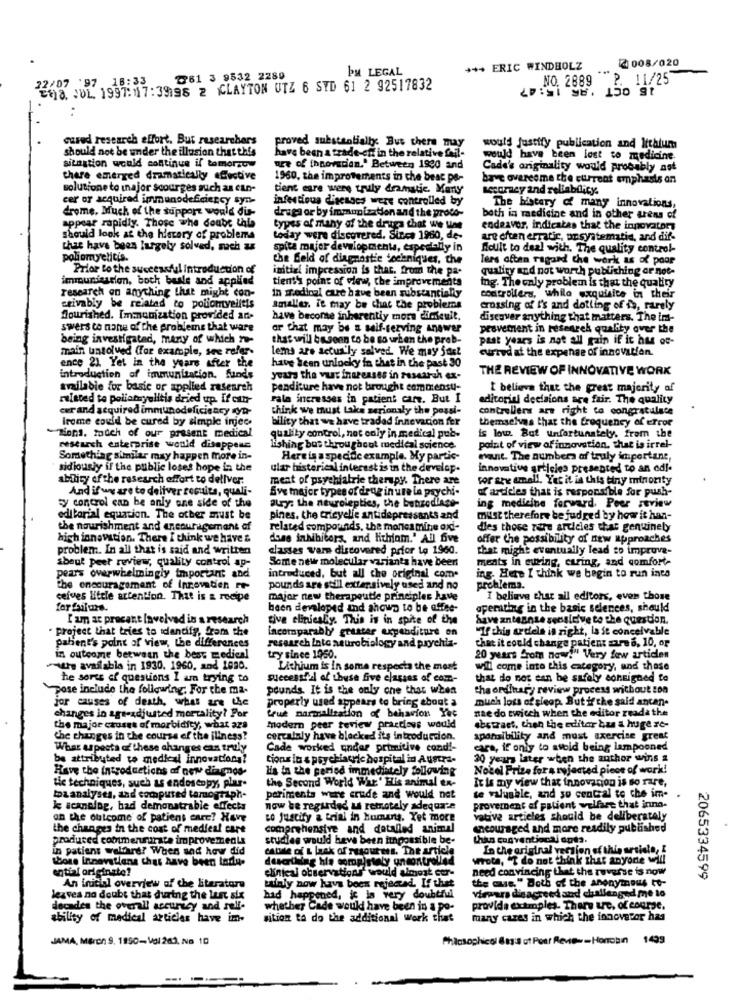
2 008/020
PM LEGAL
*** ERIC WINDHOLZ
22/07 :97 18:33
261 3 9532 2289
NO. 2889
'A6 15:47
P. 11/25
15 OCT
2018. JUL 1997:117:39198 2 CLAYTON UTZ 6 SYD 61 2 92517832
cared research effort. But researchers
proved substantially: But there may
should not be under the illusion that this
would justify publication and lithium
have been a trade-off in the relative foil-
would have been lost to medicine.
situation would continue if tomorrow
ure of [hnovacien." Between 1990 and
Cade's originality would probably ast
there emerged dramatically effective
1960, the improvements in che beac pa-
bave overcome the current emphasis on
solutione to major scourges such as can-
tient care were truly dramatic. Many
Lecorey and reliability.
cer or acquired immunodeficiency syn-
infectious checases were controlled by
drome, Much of the support would die
draga or by immunization and the proto-
The history of many innovations,
appear rapidly. Those whe doubs tale
both in medicine and in other arens of
types of many of the drugs that we une
endeavor, indicates that the innovator
should look at the history of problems
today were discovered. Since 1980, de-
are often erratir, unsystematis, and dif-
that have been largely solved, such a
spite majer developments, especially in
Hoult to deal with. The quality control-
poliomyelitis.
the Beld of diagnostie techniques, the
lers often ragard Che work as of poor
Prior to the successful introduction of
imtial impression is that. from the pa-
quality and not worth publishing or not-
immunization, boch beale and applied
tient's point of view, che improvements
research on anything that might con-
in medical care have been substantially
ing. The only problem is that the quality
controllers, while exquisice in their
seivably be rciatad to poliomyelitis
Smaller. it may be chat the problems
crossing of I's and dolling of is, rarely
nourished. Immunization provided an-
have become inherently more difficult.
discover anything that matters. The im-
swers to none of the problems that ware
or that may be a self-serving answer
provement in researek quality over the
being investigated, many of which -
that will be soon to be so when the prob-
past years is not all gain if it has of-
main unsolved (for example, see refer-
lems are actus'ly salved. We may Sas!
cursed at the expense of innovation.
have been unlocky in that in the past 30
ence 21. Yet in the years after the
THE REVIEW OF INNOVATIVE WORK
introduction of immunization. funds
years the vast increases in research ex-
milable for basic of applied research
penditure have not brought commensu-
I believe that the great majority of
related to poliatmyelitis dried up. If can-
rala ineresses in patient care. But I
editorial decisions are fair. The quality
cer and acquired immunodeficiency ryn-
think we must Laks serionsly the possi-
controllers are right to congratulate
Irome could be cured by simple injec.
bility that we have traded innevacion fer
themselves that the frequency of error
Tions, much of our present medical
quality control, net coly in medical pub-
is low But unfortunately. from the
research enterprise would disappear
fishing bos throughout medical science.
point of view of innovation, that is irrel-
Something similar may happen more in-
Here is a specide example. My partic-
mant. The numbers af truly important,
sidiously if the public loses hope in the
ular historical interest is in the develop.
innovative articies presented to an edl-
ability ofthe research effort to dell'ver.
meat of psychiatrie therapy. There are
for she amall. Yet it is this tiny minority
And if we are to deliver results, quali-
Sve major types of drug in ure la psychi-
of articles that is responsible for push-
aly: the neurolepties, the benzodiace-
ty concrol can be anly one side of the
ing medicine forward, Peer review
editorial equation. The other must be
pines. the erieyelle antidepressants and
must therefore be judged by how it han-
the nourishment and encouragement of
related compounds, the monos mine ox !-
dies those zare articles that genuinely
high innovation. There I think we have &
dans inhibitors and lithiam." All five
offer the possibility of new approaches
problem. In all that is said and written
classes varm discovered prior to 1960.
that might eventually lead to improve-
about peer review, quality control ap-
Some new molecular variants have been
ments in suring, curing, and comfort-
pears overwhelmingly important and
introduced, but all the original com.
ing. Here I think we begin to run into
the encouragement of Innovation re-
pounds are still extensively used and no
problema.
cefves Little attention. That is a recipe
major new therapeutde principles have
I believe that all editors, even those
been developed and ahowp to be affee-
operating in the basic sciences, should
['un at precant Involved in a research
tive clinically. This is in spite of the
have antesnse sensitive to the question.
project that tries to identify, from the
incomparably' grastar expenditure on
"If chis ardela in right, la it conceivable
pahent's point of view, the differences
research into neurobiology and prychia-
that it could change patient usa, 10, or
in outcome between the best medical
try since 1050.
20 years from now!" Very few articles
Are available in 1930. 1960, and 1080.
Lithium is in some respecta the most
will come into this category, and those
he sorts of questions I am trying to
Successful of these five classes of com-
that do not can be safely consigned to
pose include the following; For the ma-
pounds. It is the only che that wien
the ordinary review process without ton
jor causes of death, what are the
properly used appears to bring shoot a
much loss of sieop. But if the said ancan-
Que parmalization of behavior Yec
nae do cwicch when the editor reada the
changes in age-adjusted mortality? For
the major causes of morbidity, what ars
modern peer review pracdass would
abstract, then the editar bas a huge re-
Che changes in the course of the iliness?
cercalaly hava blacked its introduction.
aponsibility and must exercise great
Whar aspects of these changes can truly
Cade worked onder primitive cond !-
cara, if only to avoid being lampooned
be attributed to medical innovationa?
tions in a psychiatric hospital in Austra-
30 years later when the author wins a
Have the introductions af new diagnos-
lis in the period immediately following
Nobel Prize for a rejected piece of work!
tic techniques, such as endoscopy, plar.
the Second World War' Elis animal en-
It is my view that innovation is so rare,
te valuable, and so central te che im-
boa analyses, and computed tarnograph-
poriments were crude and would not
k scanelog, had demonstrable effects
now be regarded as remotely adequate
provernent af patient velfase that inno-
on the outcome of patient care! Have
to Justify a trial in humerts. Yet more
vative articles should be deliberately
the changes in the cost of medical care
comprehensive and datalled animal
encouraged and more readily published
produced commenmirata improvements
studies would have been inpossible be-
than conventional opts.
in patiens welfare! When and how did
cabile of L laak of resources. The Artic
In the original version of this article, I
those Innovations chas have been tady-
descrikeing his comp staly uncontrolled
Wrote, "I do not think that anyorte will
ential originate?
clinical observations" would almost cor-
need convincing that the reverse is now
An inicial overview of the literature
Mainly now have been rejected. If thet
the cus " Both of the Anonymous to-
2065334599
virpara digacreed and challenged me to
leaves no doubt that during the lust six
had hop
oned, it is very doubtful
decades the overall accuracy and self-
whether Cade would have been in a po-
provide examples. There ure, of course.
ability of medical articles have im-
sition to do the additional work that
many cares in which the innovator has
JAMA, MBron 9, 1990- Val 260, NO 10
Philosophical &m's ot Post Revie -- Honcan
1499